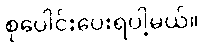
စုပေါင်းပေးရပါ့မယ်။